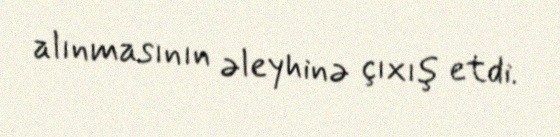
alınmasının əleyhinə çıxış etdi.